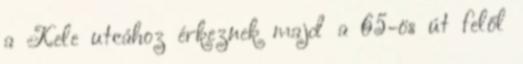
a Kele utcához érkeznek majd a 65-ös út felől